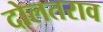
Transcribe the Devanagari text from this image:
दोलतराव